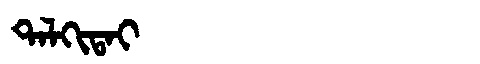
Manchu: ᡨᠠᠯᡴᡳᡨᠠᡳ
Romanization: TALKITAI